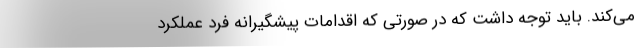
می‌کند. باید توجه داشت که در صورتی که اقدامات پیشگیرانه فرد عملکرد